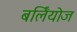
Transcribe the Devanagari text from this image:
बर्लियोज